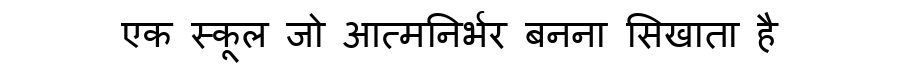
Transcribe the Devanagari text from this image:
एक स्कूल जो आत्मनिर्भर बनना सिखाता है